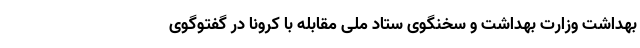
بهداشت وزارت بهداشت و سخنگوی ستاد ملی مقابله با کرونا در گفتوگوی